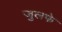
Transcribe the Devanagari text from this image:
जुलफे